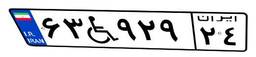
۲۴W۷۳۶۴۲